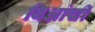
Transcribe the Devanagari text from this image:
बिआंची